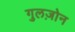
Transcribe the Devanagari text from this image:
गुलज़ोन